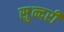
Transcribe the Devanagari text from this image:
सु्न्दरी